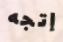
إتجه